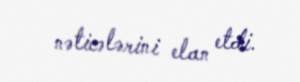
nəticələrini elan etdi.